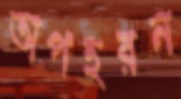
অপহরন